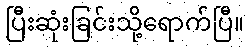
ပြီးဆုံးခြင်းသို့ရောက်ပြီ။